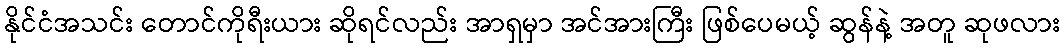
နိုင်ငံအသင်း တောင်ကိုရီးယား ဆိုရင်လည်း အာရှမှာ အင်အားကြီး ဖြစ်ပေမယ့် ဆွန်နဲ့ အတူ ဆုဖလား